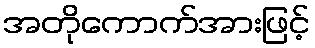
အတိုကောက်အားဖြင့်